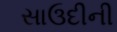
સાઉદીની